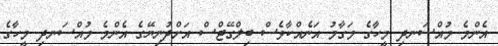
އެންމެ މުއްސަނދި މީހާގެ މަގާމު އަނެއްކާވެސް ބިލްގޭޓްސް އަށްދުނިޔޭގެ އެންމެ މުއްސަނދި މީހާގެ